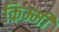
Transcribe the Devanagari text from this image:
किम्मी